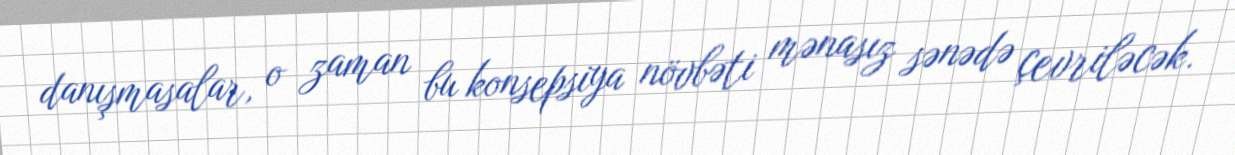
danışmasalar, o zaman bu konsepsiya növbəti mənasız sənədə çevriləcək.